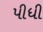
પીધી